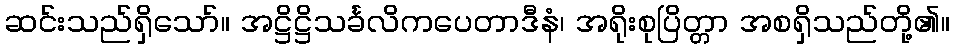
ဆင်းသည်ရှိသော်။ အဋ္ဌိဋ္ဌိသင်္ခလိကပေတာဒီနံ၊ အရိုးစုပြိတ္တာ အစရှိသည်တို့၏။